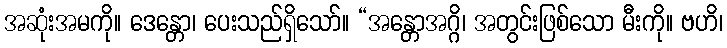
အဆုံးအမကို။ ဒေန္တော၊ ပေးသည်ရှိသော်။ “အန္တောအဂ္ဂိ၊ အတွင်းဖြစ်သော မီးကို။ ဗဟိ၊